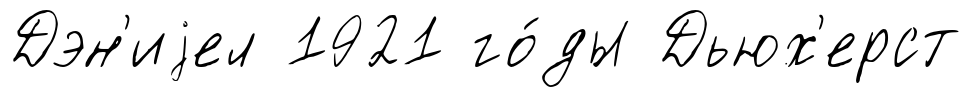
Дэн'иjел 1921 го́ды Дьюх'ерст